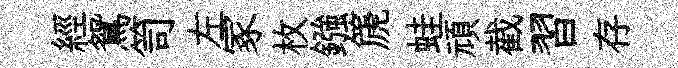
經鴛笥左冢枚鏹篪蛙頑截習存